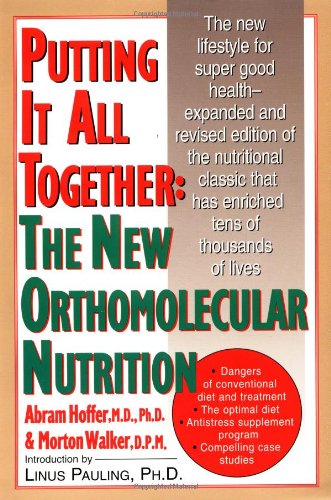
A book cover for Putting It All Together: The New Orthomolecular Nutrition; Abram Hoffer; Medical Books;